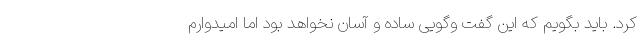
کرد. باید بگویم که این گفت وگویی ساده و آسان نخواهد بود اما امیدوارم